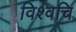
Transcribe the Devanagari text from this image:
विश्वचि